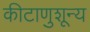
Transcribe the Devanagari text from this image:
कीटाणुशून्य